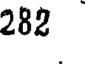
282